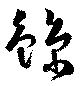
鯨